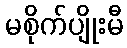
မစိုက်ပျိုးမီ